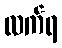
လက်ရ